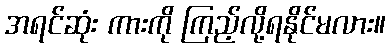
အရင်ဆုံး ကားကို ကြည့်လို့ရနိုင်မလား။